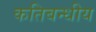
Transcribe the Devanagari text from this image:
कतिबन्धीय